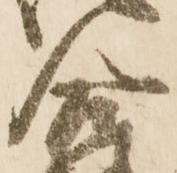
合